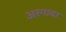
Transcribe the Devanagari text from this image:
अरगादा